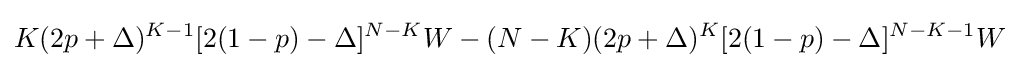
K(2p+\Delta )^{K-1}[2(1-p)-\Delta ]^{N-K}W-(N-K)(2p+\Delta )^{K}[2(1-p)-\Delta ]^{N-K-1}W